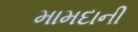
મામદાની